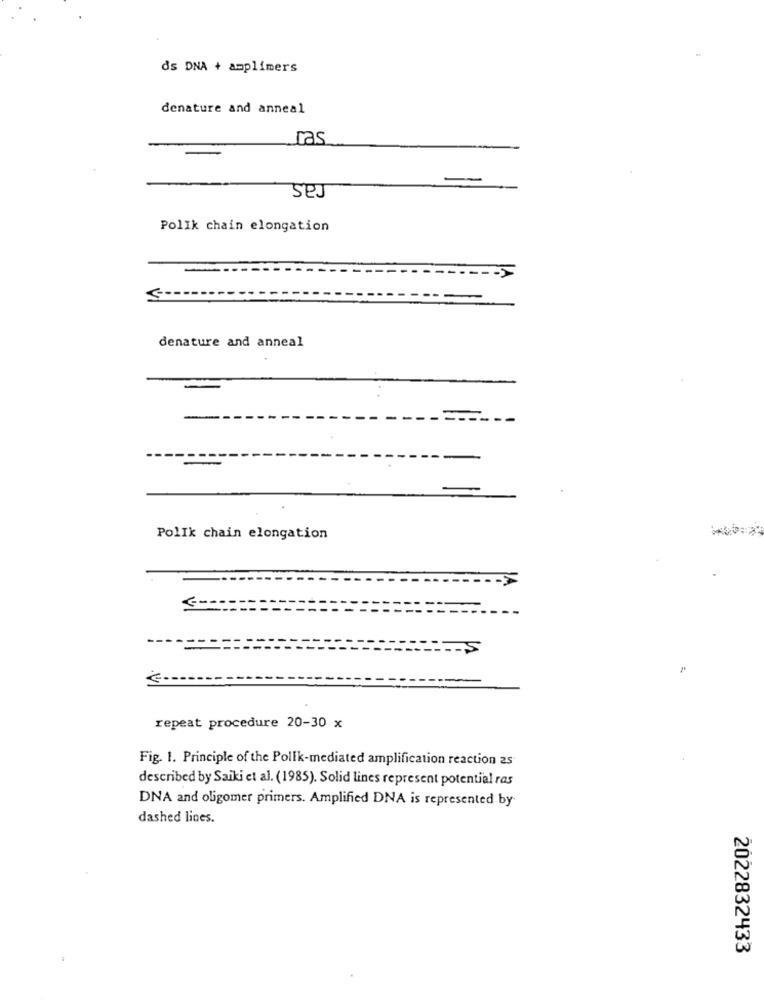
ds DNA + amplimers
denature and anneal
ras
-
Polik chain elongation
denature and anneal
PolIk chain elongation
S
repeat procedure 20-30 x
Fig. 1. Principle of the Pollk-mediated amplification reaction 2s
described by Saiki et al. (1985). Solid lines represent potential ras
DNA and oligomer primers. Amplified DNA is represented by-
dashed lines.
2022832433